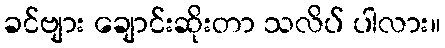
ခင်ဗျား ချောင်းဆိုးတာ သလိပ် ပါလား။